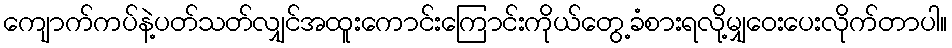
ကျောက်ကပ်နဲ့ပတ်သတ်လျှင်အထူးကောင်းကြောင်းကိုယ်တွေ့ခံစားရလို့မျှဝေးပေးလိုက်တာပါ။